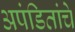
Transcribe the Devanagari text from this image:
अपंडितांचे